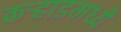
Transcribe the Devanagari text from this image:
कर्‍हाडमध्ये